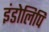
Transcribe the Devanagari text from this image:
इंडोलिपि